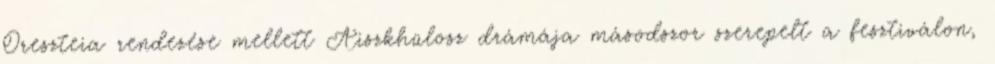
Oreszteia rendezése mellett Aiszkhülosz drámája másodszor szerepelt a fesztiválon,